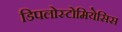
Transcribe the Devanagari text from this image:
डिपलोस्टोमियेसिस